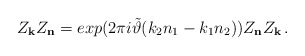
\begin{align*}Z_{\bf k}Z_{\bf n} = exp(2\pi i \tilde \vartheta (k_{2}n_{1} - k_{1}n_{2})) Z_{\bf n}Z_{\bf k} \, .\end{align*}